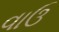
વાઉ